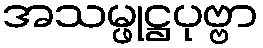
အသမ္ဖုဋ္ဌပုဗ္ဗာ